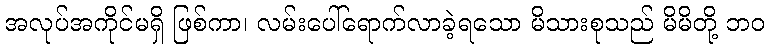
အလုပ်အကိုင်မရှိ ဖြစ်ကာ၊ လမ်းပေါ်ရောက်လာခဲ့ရသော မိသားစုသည် မိမိတို့ ဘဝ